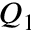
Q _ { 1 }